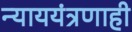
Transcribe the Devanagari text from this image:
न्याययंत्रणाही